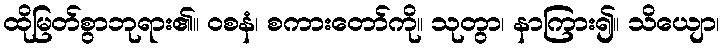
ထိုမြတ်စွာဘုရား၏။ ဝစနံ၊ စကားတော်ကို။ သုတွာ၊ နာကြား၍။ သိယျော၊